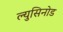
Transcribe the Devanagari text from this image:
ल्युसिनोड